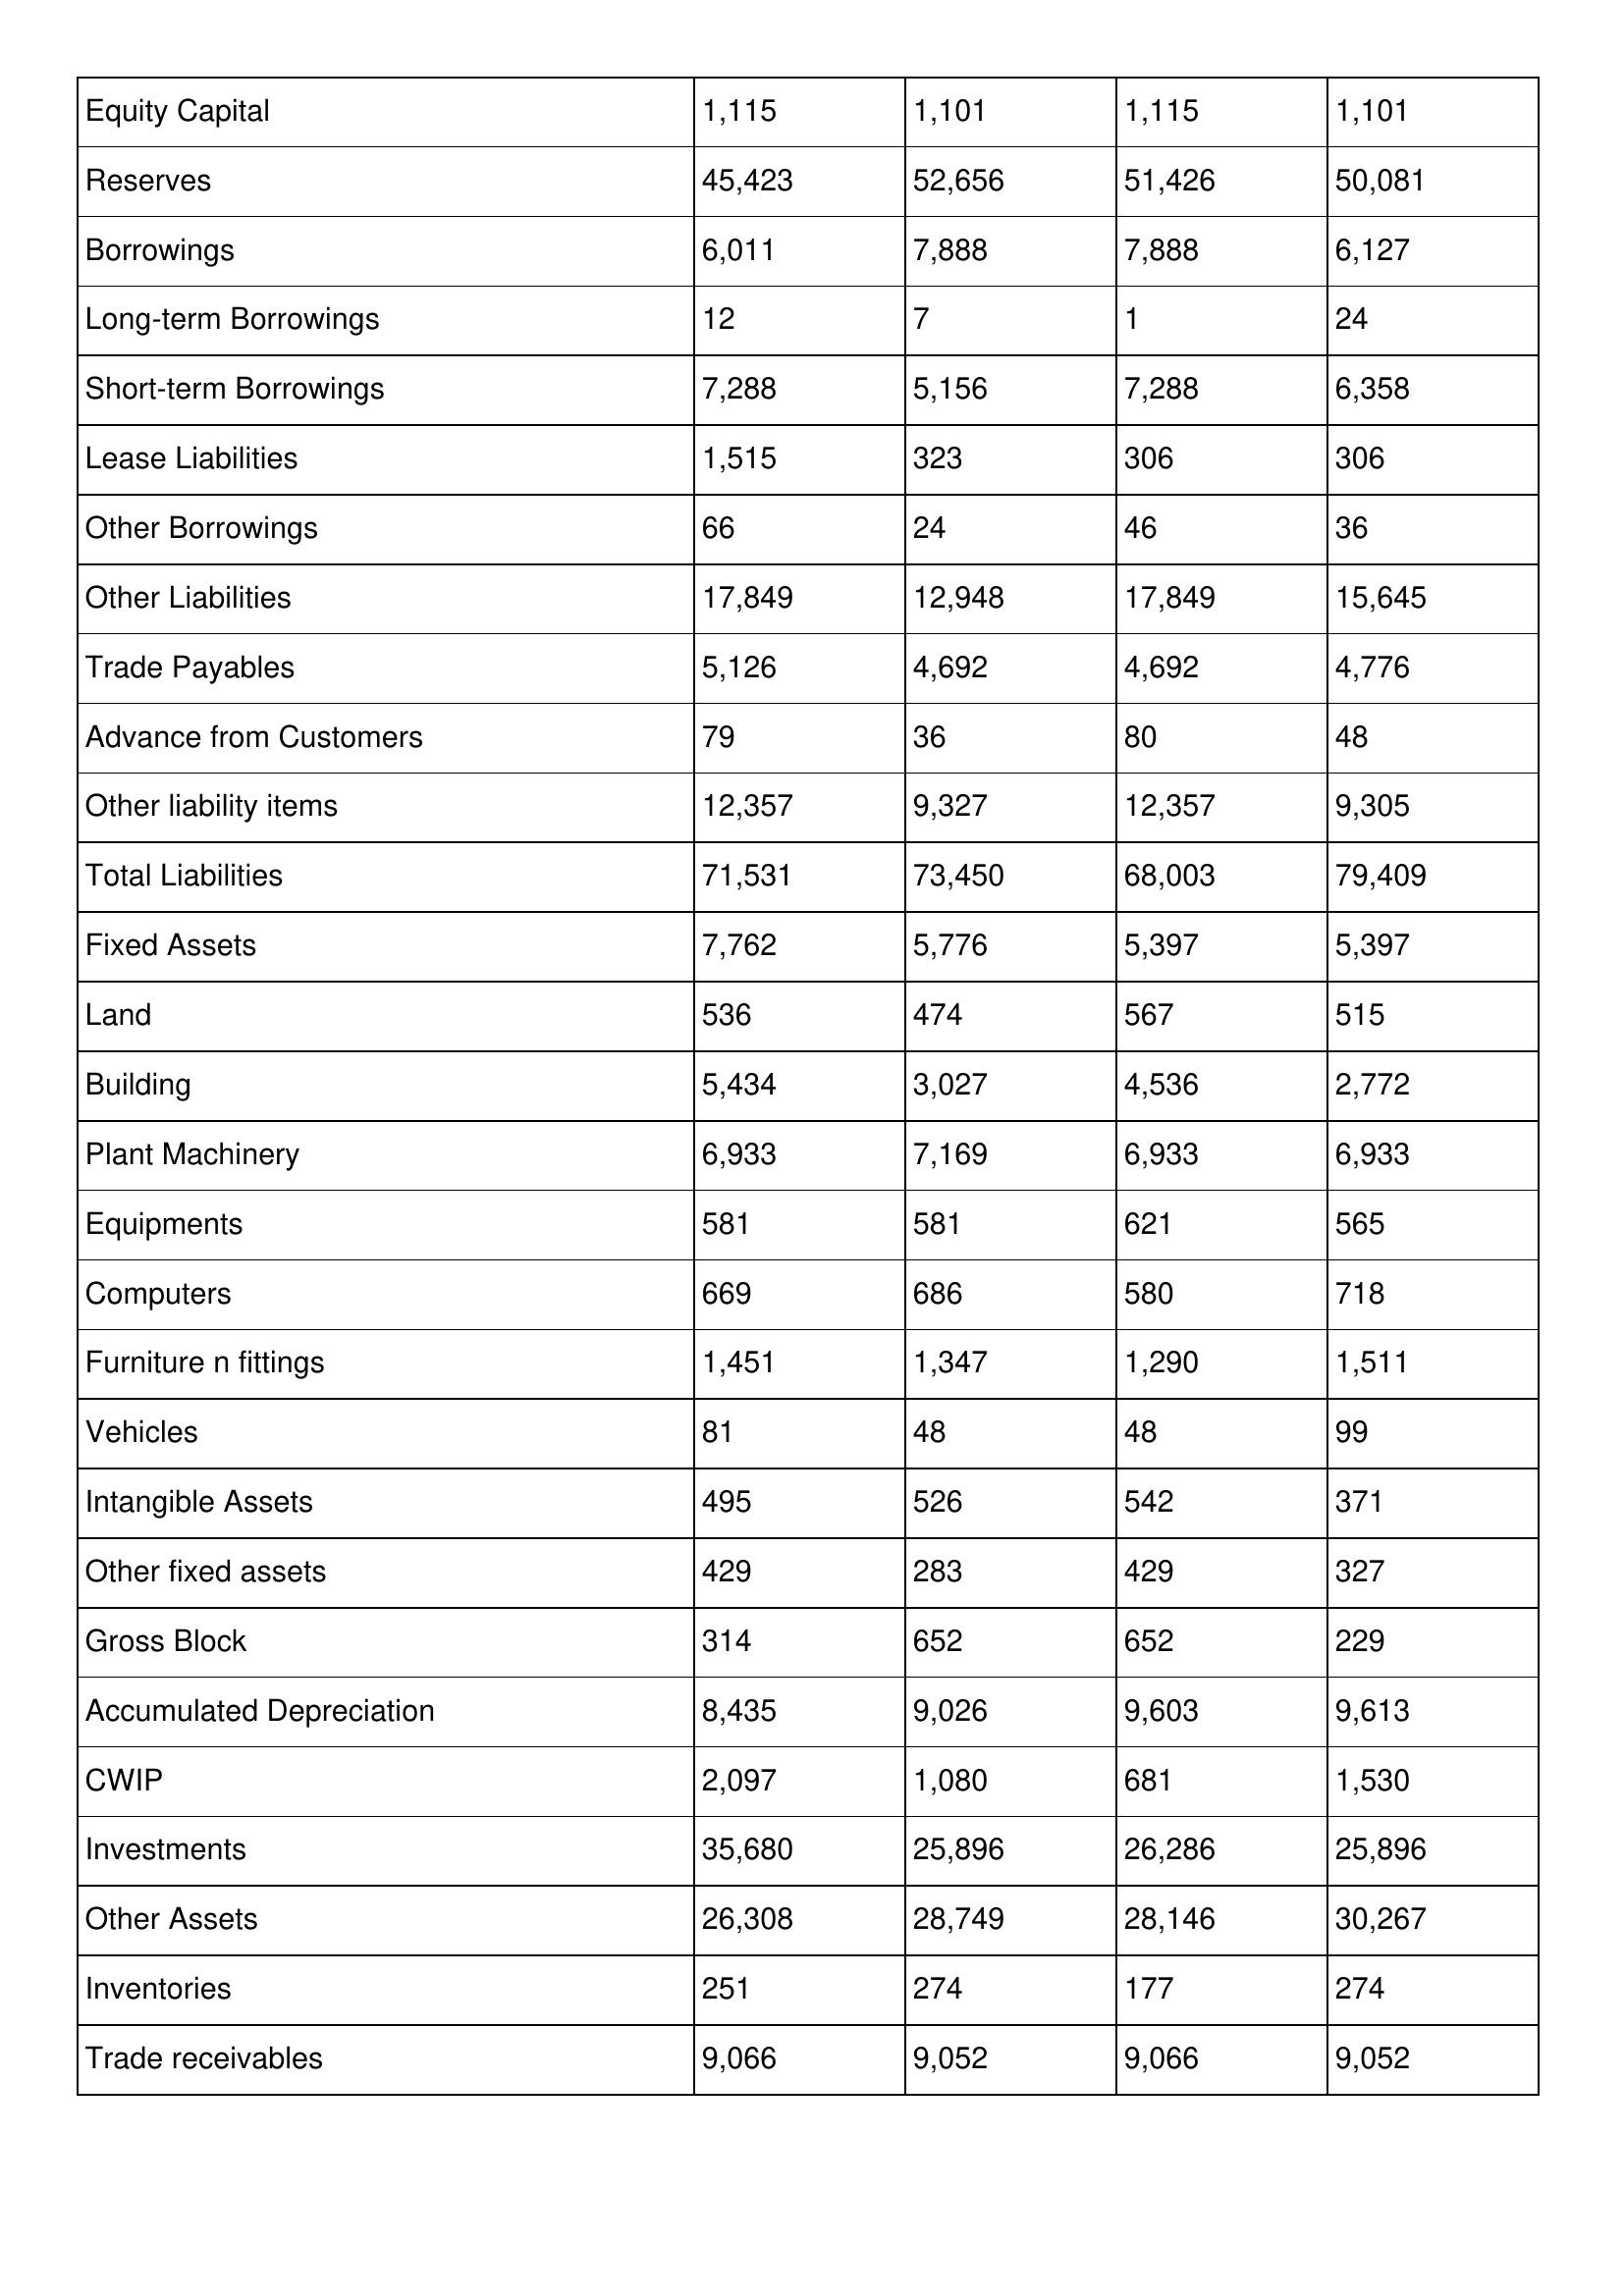
gt_parse: 1998: Balance Sheet: Equity Capital: 1,115
Reserves: 45,423
Borrowings: 6,011
Long-term Borrowings: 12
Short-term Borrowings: 7,288
Lease Liabilities: 1,515
Other Borrowings: 66
Other Liabilities: 17,849
Trade Payables: 5,126
Advance from Customers: 79
Other liability items: 12,357
Total Liabilities: 71,531
Fixed Assets: 7,762
Land: 536
Building: 5,434
Plant Machinery: 6,933
Equipments: 581
Computers: 669
Furniture n fittings: 1,451
Vehicles: 81
Intangible Assets: 495
Other fixed assets: 429
Gross Block: 314
Accumulated Depreciation: 8,435
CWIP: 2,097
Investments: 35,680
Other Assets: 26,308
Inventories: 251
Trade receivables: 9,066
1997: Balance Sheet: Equity Capital: 1,101
Reserves: 52,656
Borrowings: 7,888
Long-term Borrowings: 7
Short-term Borrowings: 5,156
Lease Liabilities: 323
Other Borrowings: 24
Other Liabilities: 12,948
Trade Payables: 4,692
Advance from Customers: 36
Other liability items: 9,327
Total Liabilities: 73,450
Fixed Assets: 5,776
Land: 474
Building: 3,027
Plant Machinery: 7,169
Equipments: 581
Computers: 686
Furniture n fittings: 1,347
Vehicles: 48
Intangible Assets: 526
Other fixed assets: 283
Gross Block: 652
Accumulated Depreciation: 9,026
CWIP: 1,080
Investments: 25,896
Other Assets: 28,749
Inventories: 274
Trade receivables: 9,052
1996: Balance Sheet: Equity Capital: 1,115
Reserves: 51,426
Borrowings: 7,888
Long-term Borrowings: 1
Short-term Borrowings: 7,288
Lease Liabilities: 306
Other Borrowings: 46
Other Liabilities: 17,849
Trade Payables: 4,692
Advance from Customers: 80
Other liability items: 12,357
Total Liabilities: 68,003
Fixed Assets: 5,397
Land: 567
Building: 4,536
Plant Machinery: 6,933
Equipments: 621
Computers: 580
Furniture n fittings: 1,290
Vehicles: 48
Intangible Assets: 542
Other fixed assets: 429
Gross Block: 652
Accumulated Depreciation: 9,603
CWIP: 681
Investments: 26,286
Other Assets: 28,146
Inventories: 177
Trade receivables: 9,066
1995: Balance Sheet: Equity Capital: 1,101
Reserves: 50,081
Borrowings: 6,127
Long-term Borrowings: 24
Short-term Borrowings: 6,358
Lease Liabilities: 306
Other Borrowings: 36
Other Liabilities: 15,645
Trade Payables: 4,776
Advance from Customers: 48
Other liability items: 9,305
Total Liabilities: 79,409
Fixed Assets: 5,397
Land: 515
Building: 2,772
Plant Machinery: 6,933
Equipments: 565
Computers: 718
Furniture n fittings: 1,511
Vehicles: 99
Intangible Assets: 371
Other fixed assets: 327
Gross Block: 229
Accumulated Depreciation: 9,613
CWIP: 1,530
Investments: 25,896
Other Assets: 30,267
Inventories: 274
Trade receivables: 9,052